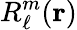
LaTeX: R_{\ell}^{m}(\mathbf{r})